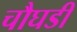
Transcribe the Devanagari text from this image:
चौघडी